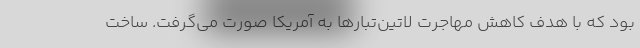
بود که با هدف کاهش مهاجرت لاتین‌تبارها به آمریکا صورت می‌گرفت. ساخت